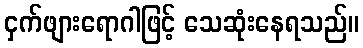
ငှက်ဖျားရောဂါဖြင့် သေဆုံးနေရသည်။